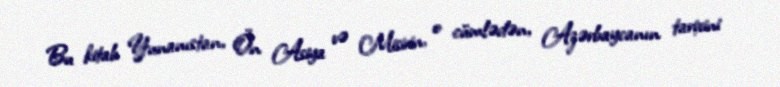
Bu kitab Yunanıstan, Ön Asiya və Misirin, o cümlədən, Azərbaycanın tarixini